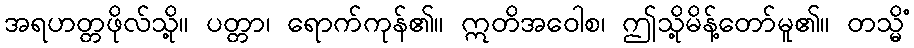
အရဟတ္တဖိုလ်သို့။ ပတ္တာ၊ ရောက်ကုန်၏။ ဣတိအဝေါစ၊ ဤသို့မိန့်တော်မူ၏။ တသ္မိံ